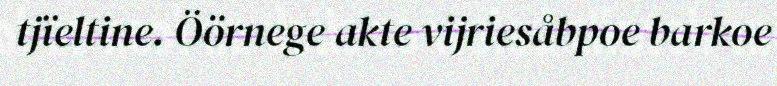
tjïeltine. Öörnege akte vijriesåbpoe barkoe